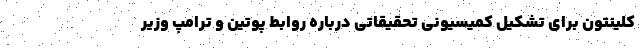
کلینتون برای تشکیل کمیسیونی تحقیقاتی درباره روابط پوتین و ترامپ وزیر